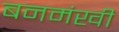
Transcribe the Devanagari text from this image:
बनमंखी